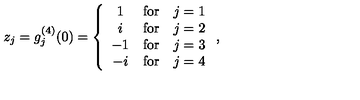
z _ { j } = g _ { j } ^ { ( 4 ) } ( 0 ) = \left\{ \begin{array} { c c c } { 1 } & { \mathrm { f o r } } & { j = 1 } \\ { i } & { \mathrm { f o r } } & { j = 2 } \\ { - 1 } & { \mathrm { f o r } } & { j = 3 } \\ { - i } & { \mathrm { f o r } } & { j = 4 } \\ \end{array} \right. ,